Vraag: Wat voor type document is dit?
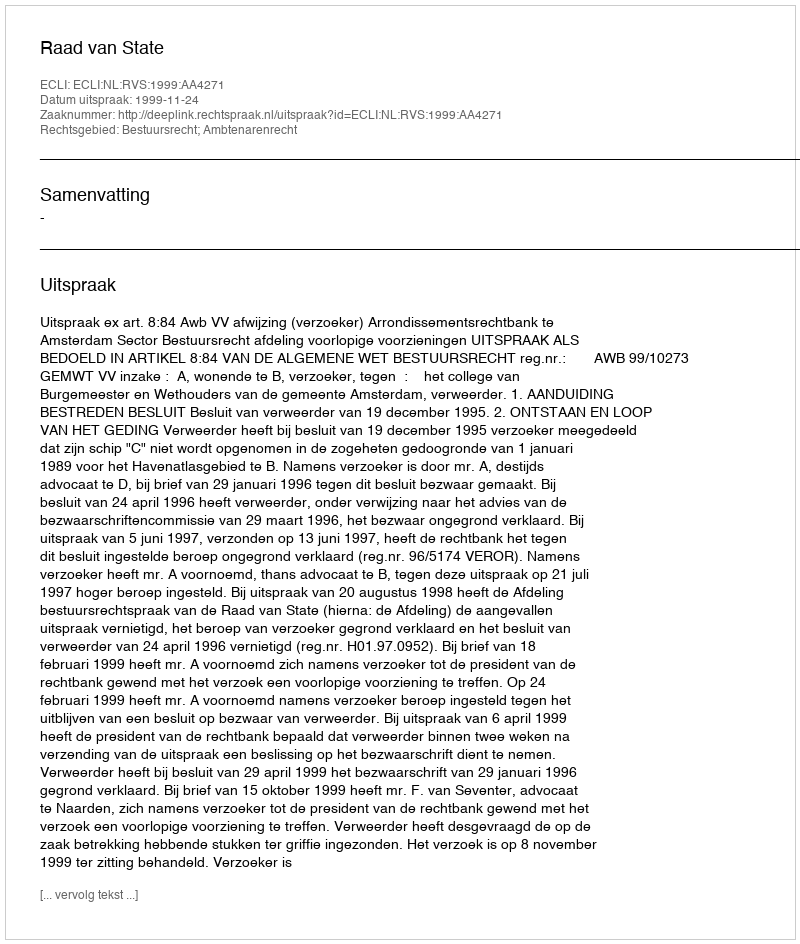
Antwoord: Uitspraak